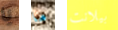
يا ما بيلانت